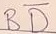
Text: BD